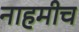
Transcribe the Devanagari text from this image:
नाहमीच